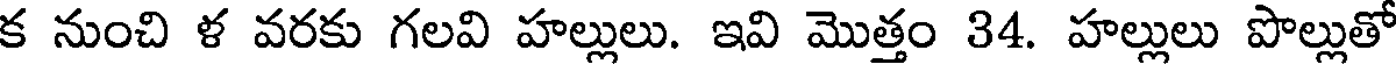
క నుంచి ళ వరకు గలవి హల్లులు. ఇవి మొత్తం 34. హల్లులు పొల్లుతో